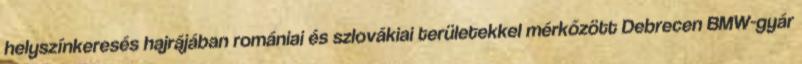
helyszínkeresés hajrájában romániai és szlovákiai területekkel mérkőzött Debrecen BMW-gyár